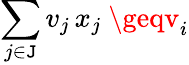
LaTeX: \sum_{j\in\mathtt{J}}v_{j}\, x_{j}\ \geqv_{i}